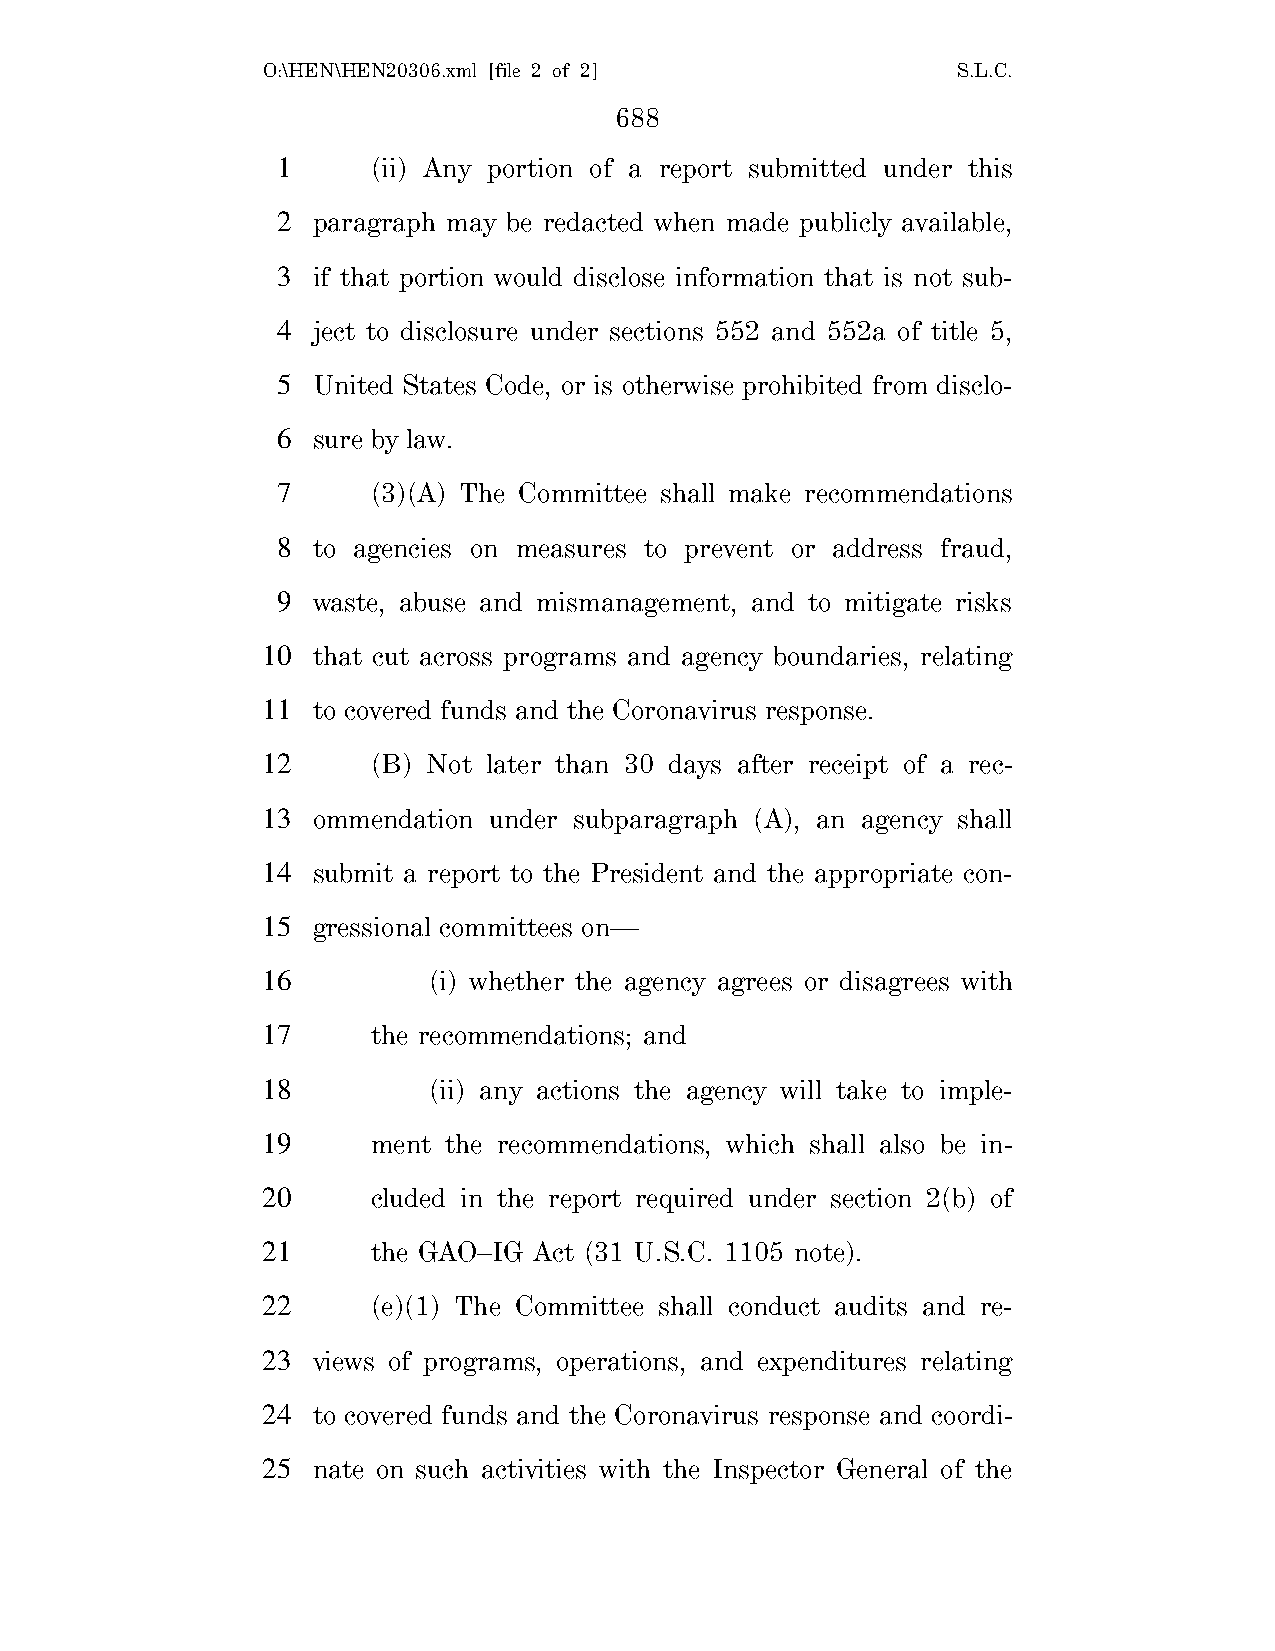
O:\HEN\HEN20306.xml [file 2 of 2]             S.L.C.
 688
 1      (ii) Any portion of a report submitted under this
 2  paragraph may be redacted when made publicly available,
 3  if that portion would disclose information that is not sub-
 4  ject to disclosure under sections 552 and 552a of title 5,
 5  United States Code, or is otherwise prohibited from disclo-
 6  sure by law.
 7      (3)(A) The Committee shall make recommendations
 8  to agencies on measures to prevent or address fraud,
 9  waste, abuse and mismanagement, and to mitigate risks
 10  that cut across programs and agency boundaries, relating
 11  to covered funds and the Coronavirus response.
 12      (B) Not later than 30 days after receipt of a rec-
 13  ommendation under subparagraph (A), an agency shall
 14  submit a report to the President and the appropriate con-
 15  gressional committees on—
 16         (i) whether the agency agrees or disagrees with
 17      the recommendations; and
 18         (ii) any actions the agency will take to imple-
 19      ment the recommendations, which shall also be in-
 20      cluded in the report required under section 2(b) of
 21      the GAO–IG Act (31 U.S.C. 1105 note).
 22      (e)(1) The Committee shall conduct audits and re-
 23  views of programs, operations, and expenditures relating
 24  to covered funds and the Coronavirus response and coordi-
 25  nate on such activities with the Inspector General of the